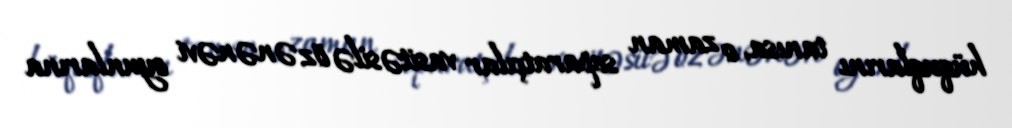
hüquqlarını tanısa, o zaman separatçılar vasitəsilə öz ənənəvi oyunlarına